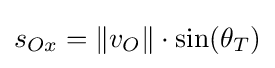
s_{Ox}=\lVert v_{O}\rVert \cdot \sin(\theta _{T})